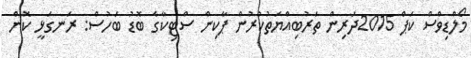
މޯލްޑިވްސް ކަޕް 2015ދަރިން ތަރުބިއްޔަތުކުރުން ޕާކިން ސްޓިކާގެ ބޮޑު ބަހުސް: ރަނގަޅީ ކޮން